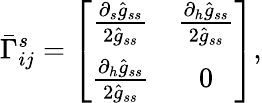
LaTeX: \bar{\Gamma}_{ij}^{s}=\left[\begin{array}{cc}{\frac{\partial_{s}\hat{g}_{ss}}{2\hat{g}_{ss}}}&{\frac{\partial_{h}\hat{g}_{ss}}{2\hat{g}_{ss}}}\\ {\frac{\partial_{h}\hat{g}_{ss}}{2\hat{g}_{ss}}}&{0}\end{array}\right],